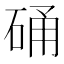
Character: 硧